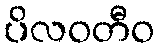
ပိလဝတီဝ